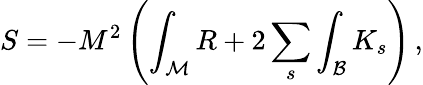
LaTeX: S=-M^{2}\left(\int_{\mathcal M}R+2\sum_{s}\int_{\mathcal B}K_{s}\right)\, ,